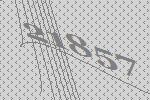
21857